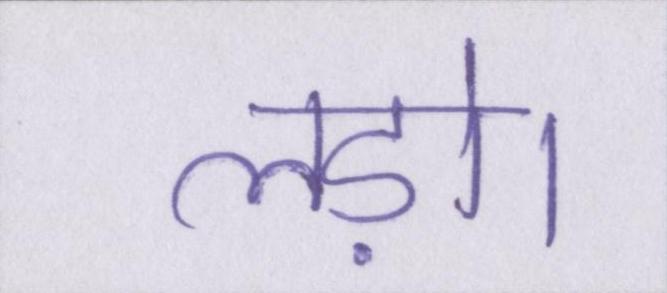
लड़ो।